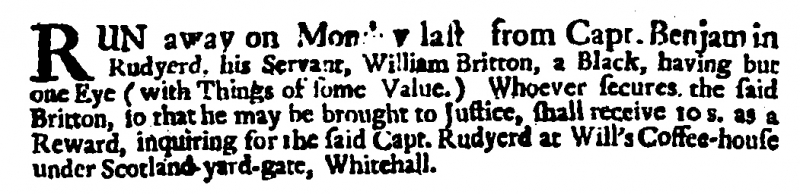
Post Boy (1695), 11 January 1711 (England)
RUN away on Monday last from Capt. Benjamin Rudyerd, his Servant, William Britton, a Black, having but one Eye (with Things of some Value.) Whoever secures the said Britton, so that he may be brought to Justice, shall receive 10 s. as a Reward, inquiring for the said Capt. Rudyerd at Will’s Coffee-house under Scotland-yard-gate, Whitehall.